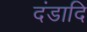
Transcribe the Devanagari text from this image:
दंडादि